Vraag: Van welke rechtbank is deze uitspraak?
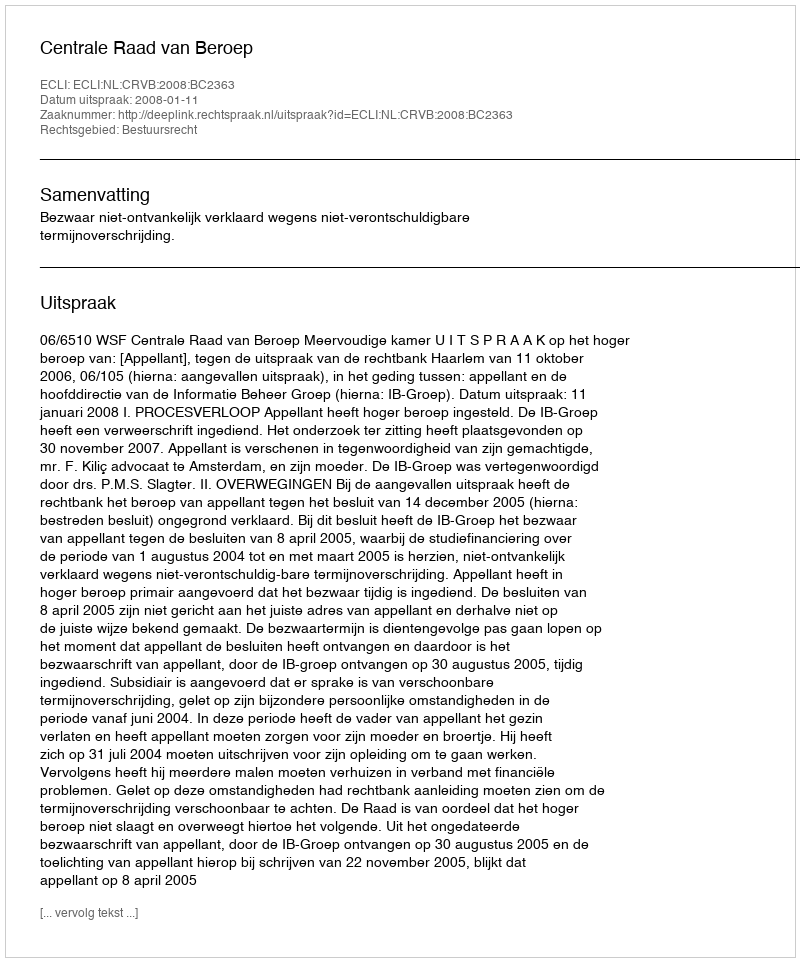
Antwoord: Centrale Raad van Beroep